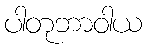
ပါတုဘာဝါယ